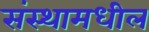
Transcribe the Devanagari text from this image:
संस्थामधील